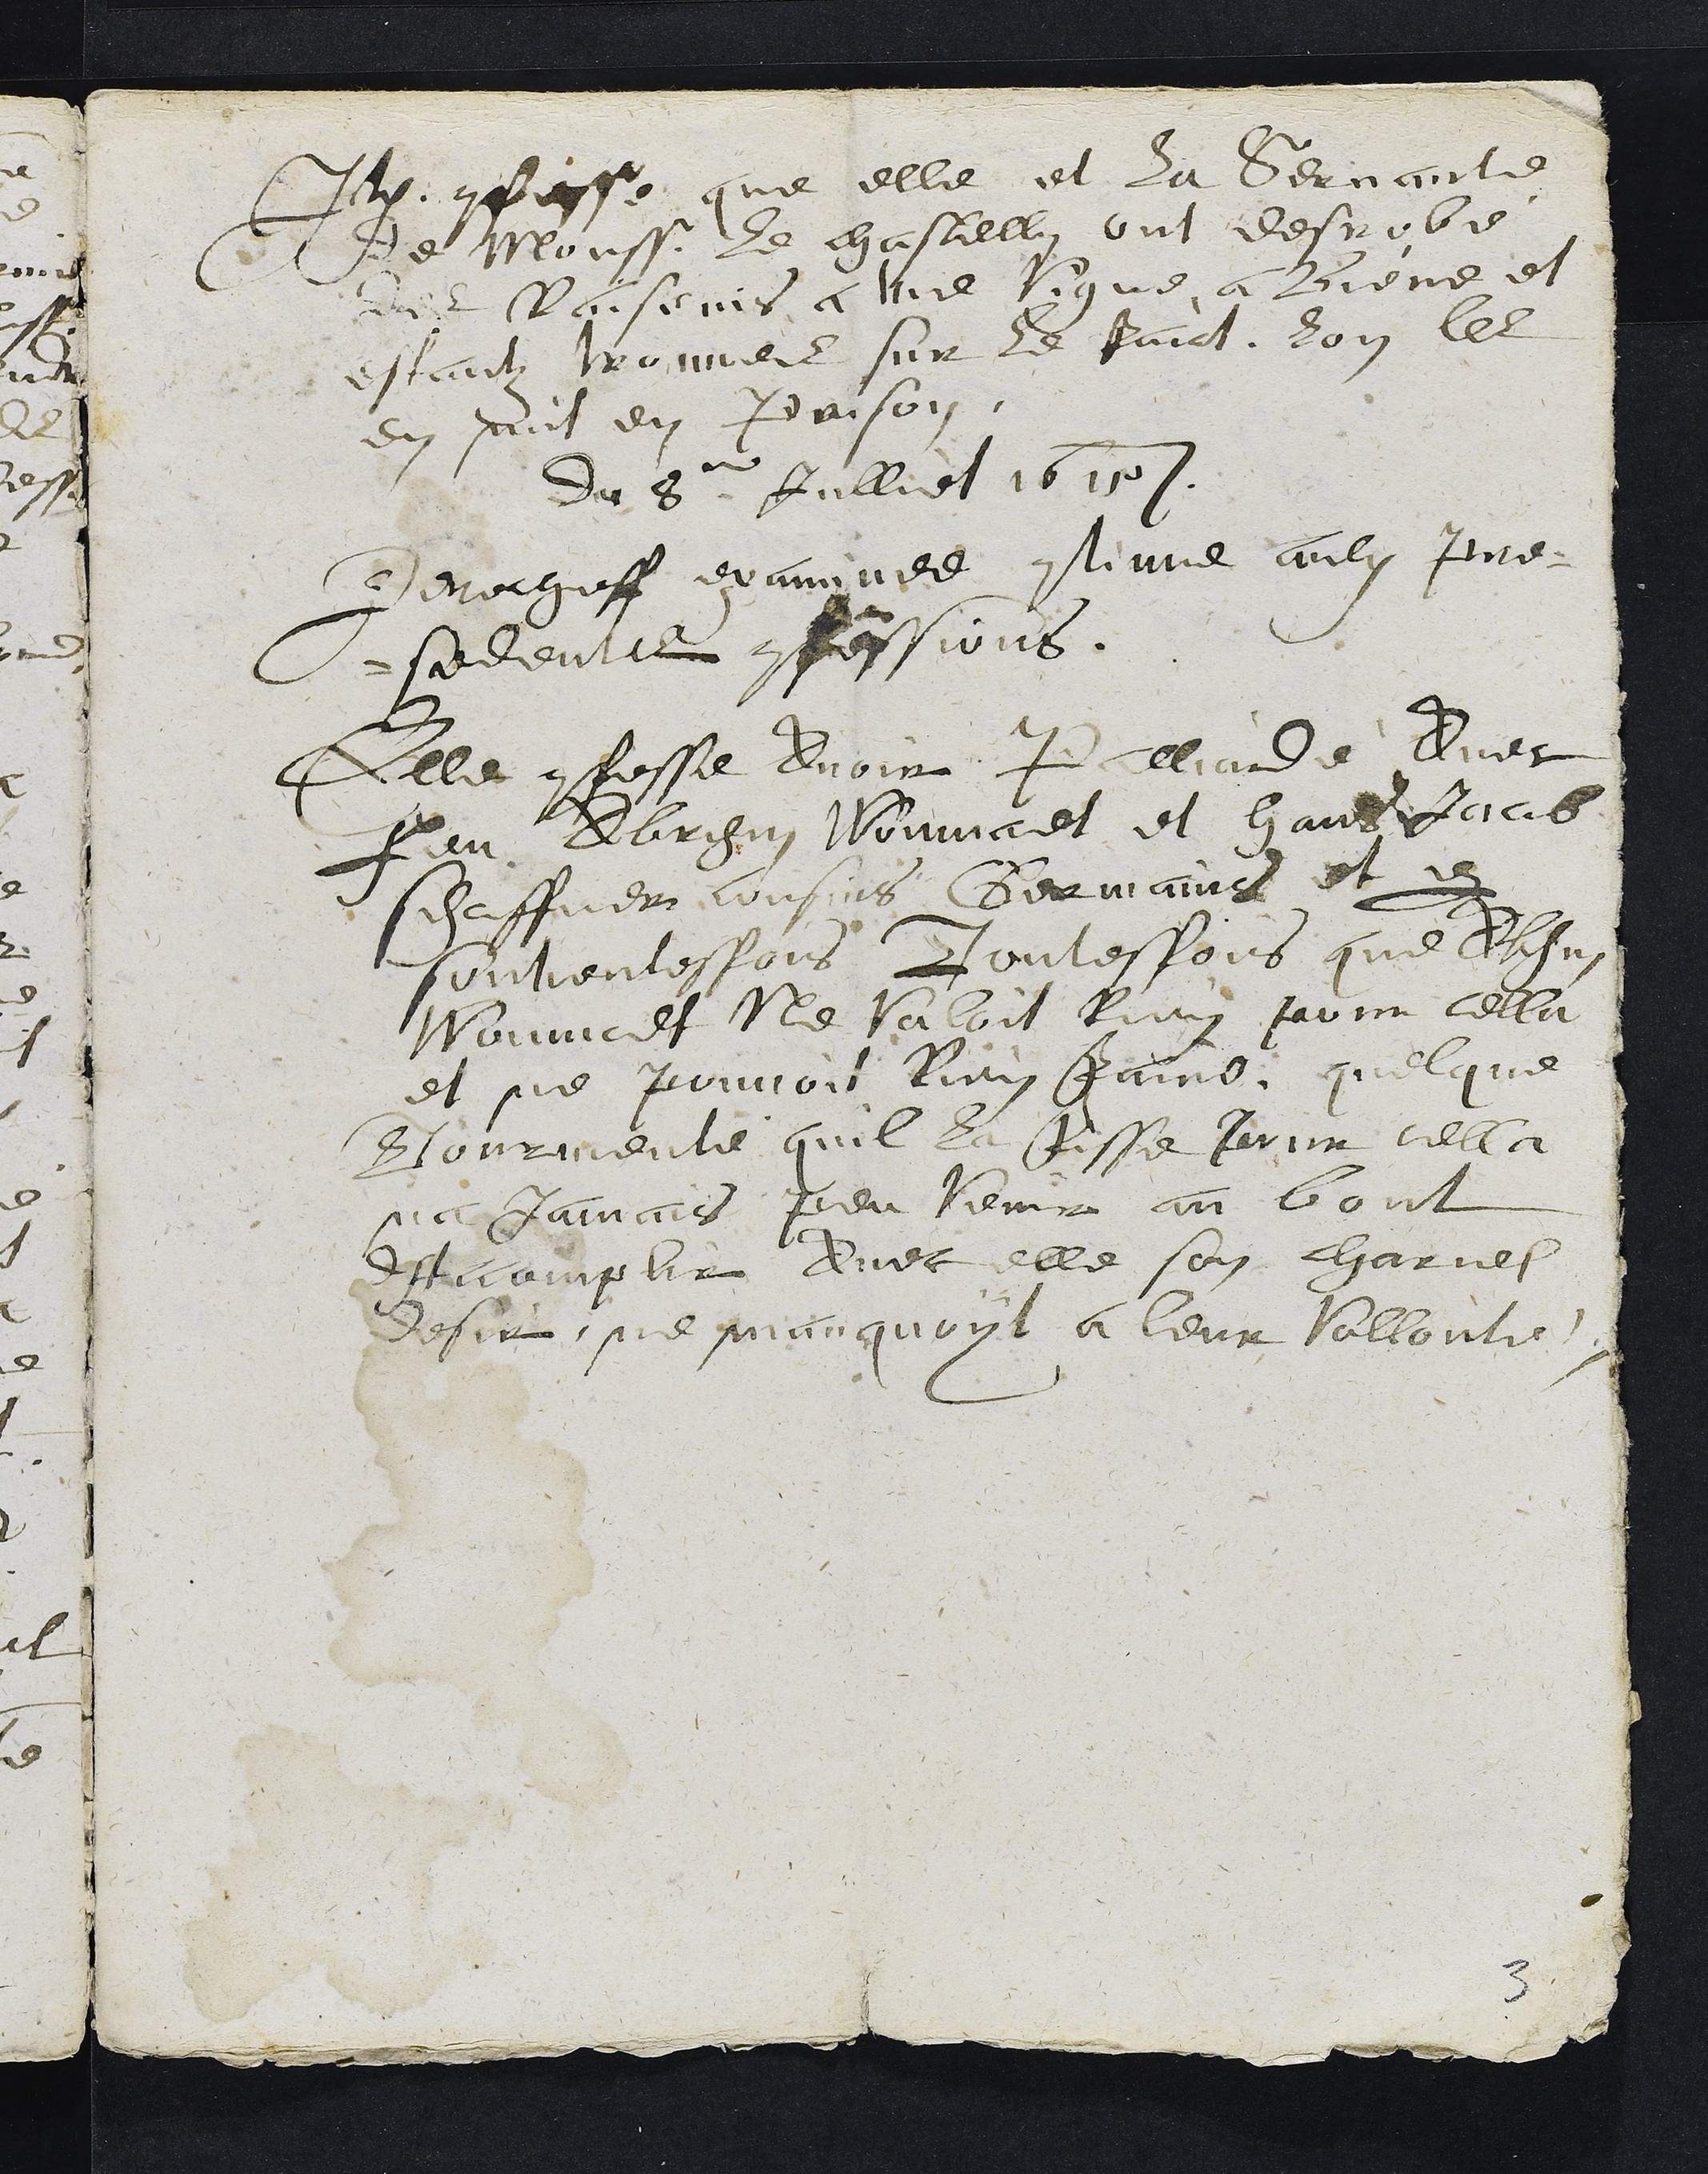
Item confesse que elle et la Servante
de Monsieur le chastellin ont desrobé
des Raiseins a une vigne a Biene et
estantz trouves sur le faict, lon les
en mit en Prison.
Du 8e Julliet 1615
Derecheff examinee continue aulx pre¬
sedentes confessions
Elle confesse avoir Palliardé Avec
feu Abraham Woumardt et Hans Jacob
schaffner cousins Germains et par
souventesfois Toutesfois que Abraham
Woumardt Ne valoit Rien pour cella
et ne pouvoit rien faire, quelque
tourmente quil la fisse pour cella
na Jamais peu venir au bout
d Accomplir Avec elle son charnel
desir, ne manquoyt a leur Vollonté
3